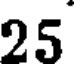
25